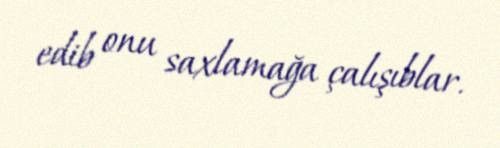
edib onu saxlamağa çalışıblar.